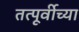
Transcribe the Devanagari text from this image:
तत्पूर्वीच्या